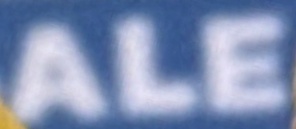
ALE